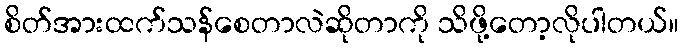
စိတ်အားထက်သန်စေတာလဲဆိုတာကို သိဖို့တော့လိုပါတယ်။